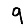
Digit: 9